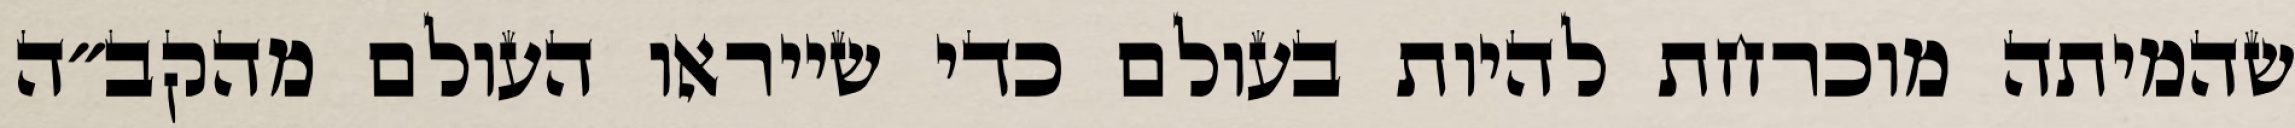
שהמיתה מוכרחת להיות בעולם כדי שייראו העולם מהקב״ה